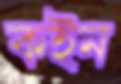
কইন